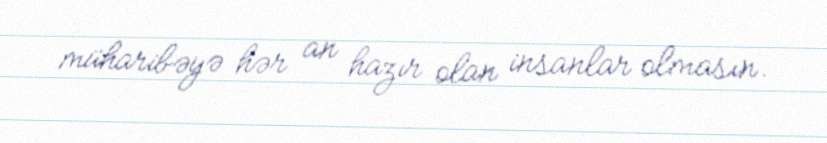
müharibəyə hər an hazır olan insanlar olmasın.